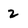
Character: 2